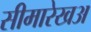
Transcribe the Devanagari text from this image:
सीमारेखअ